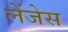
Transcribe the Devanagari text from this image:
लेंजेस